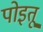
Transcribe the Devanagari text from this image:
पोइतू